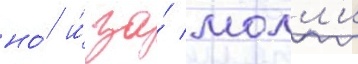
но́ и́ за́ молл'и